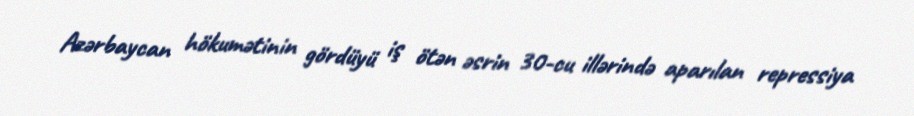
Azərbaycan hökumətinin gördüyü iş ötən əsrin 30-cu illərində aparılan repressiya